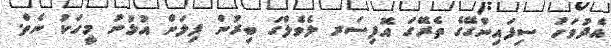
އެދުވަހު ސިފައިންގޭގެ ތެރޭގަ އޮފިސަރ ލެވެލްގަ ބިރުން ފިލަން އުޅުނު މީހަކު ނެތް.